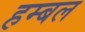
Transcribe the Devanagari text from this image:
हम्बल